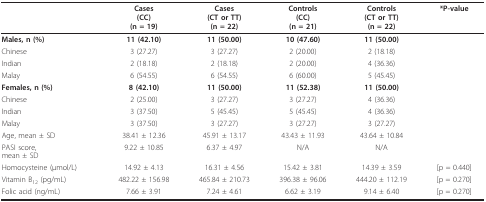
<table><thead><tr><td></td><td><b>Cases(CC)(n = 19)</b></td><td><b>Cases(CT or TT)(n = 22)</b></td><td><b>Controls(CC)(n = 21)</b></td><td><b>Controls(CT or TT)(n = 22)</b></td><td><b>*P-value</b></td></tr></thead><tbody><tr><td><b>Males, n (%)</b></td><td><b>11 (42.10)</b></td><td><b>11 (50.00)</b></td><td><b>10 (47.60)</b></td><td><b>11 (50.00)</b></td><td></td></tr><tr><td>Chinese</td><td>3 (27.27)</td><td>3 (27.27)</td><td>2 (20.00)</td><td>2 (18.18)</td><td></td></tr><tr><td>Indian</td><td>2 (18.18)</td><td>2 (18.18)</td><td>2 (20.00)</td><td>4 (36.36)</td><td></td></tr><tr><td>Malay</td><td>6 (54.55)</td><td>6 (54.55)</td><td>6 (60.00)</td><td>5 (45.45)</td><td></td></tr><tr><td><b>Females, n (%)</b></td><td><b>8 (42.10)</b></td><td><b>11 (50.00)</b></td><td><b>11 (52.38)</b></td><td><b>11 (50.00)</b></td><td></td></tr><tr><td>Chinese</td><td>2 (25.00)</td><td>3 (27.27)</td><td>3 (27.27)</td><td>4 (36.36)</td><td></td></tr><tr><td>Indian</td><td>3 (37.50)</td><td>5 (45.45)</td><td>5 (45.45)</td><td>4 (36.36)</td><td></td></tr><tr><td>Malay</td><td>3 (37.50)</td><td>3 (27.27)</td><td>3 (27.27)</td><td>3 (27.27)</td><td></td></tr><tr><td>Age, mean ± SD</td><td>38.41 ± 12.36</td><td>45.91 ± 13.17</td><td>43.43 ± 11.93</td><td>43.64 ± 10.84</td><td></td></tr><tr><td>PASI score,mean ± SD</td><td>9.22 ± 10.85</td><td>6.37 ± 4.97</td><td>N/A</td><td>N/A</td><td></td></tr><tr><td>Homocysteine (μmol/L)</td><td>14.92 ± 4.13</td><td>16.31 ± 4.56</td><td>15.42 ± 3.81</td><td>14.39 ± 3.59</td><td>[p = 0.440]</td></tr><tr><td>Vitamin B<sub>12 </sub>(pg/mL)</td><td>482.22 ± 156.98</td><td>465.84 ± 210.73</td><td>396.38 ± 96.06</td><td>444.20 ± 112.19</td><td>[p = 0.270]</td></tr><tr><td>Folic acid (ng/mL)</td><td>7.66 ± 3.91</td><td>7.24 ± 4.61</td><td>6.62 ± 3.19</td><td>9.14 ± 6.40</td><td>[p = 0.270]</td></tr></tbody></table>